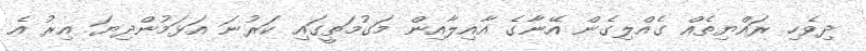
ދިވެހި ރައްޔިތެއް ގެއްލިގެން އޭނާގެ އާއިލާއިން މަގުމަތީގައި ކަރުނަ އަޅަމުންދިޔަ އިރު އެ